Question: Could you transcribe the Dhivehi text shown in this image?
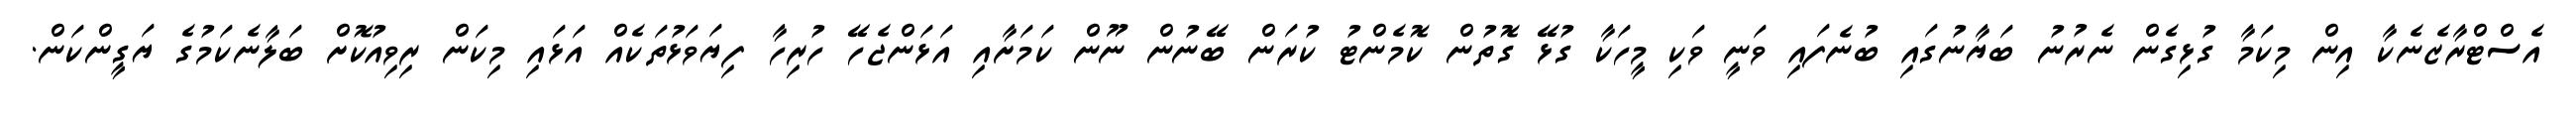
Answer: އެސްޓްރާޒެނެކާ އިން މިކަމާ ގުޅިގެން ނެރުނު ބަޔާނުގައި ބުނެފައި ވަނީ ވަކި މީހަކާ ގުޅޭ ގޮތުން ކޮމެންޓު ކުރަން ބޭނުން ނޫން ކަމަށާއި އަޅަންޖެހޭ ހުރިހާ ފިޔަވަޅުތަކެއް އަޅައި މިކަން ރިވިއުކޮށް ބަލާނެކަމުގެ ޔަގީންކަން.